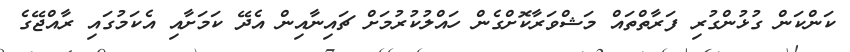
ކަންކަން ގުޅުންގުރި ފަރާތްތައް މަޝްވަރާކޮށްގެން ހައްލުކުރުމަށް ޗައިނާއިން އެދޭ ކަމަށާއި އެކަމުގައި ރާއްޖޭގެ